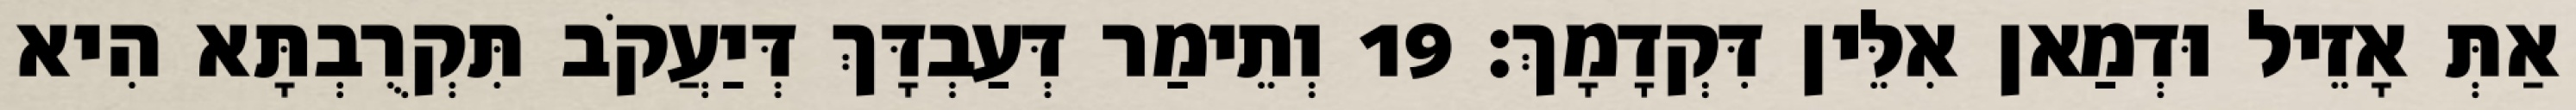
אַתְּ אָזֵיל וּדְמַאן אִלֵּין דִּקְדָמָךְ׃ 19 וְתֵימַר דְּעַבְדָּךְ דְּיַעֲקֹב תִּקְרֻבְתָּא הִיא